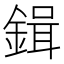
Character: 鍓